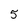
Character: 5